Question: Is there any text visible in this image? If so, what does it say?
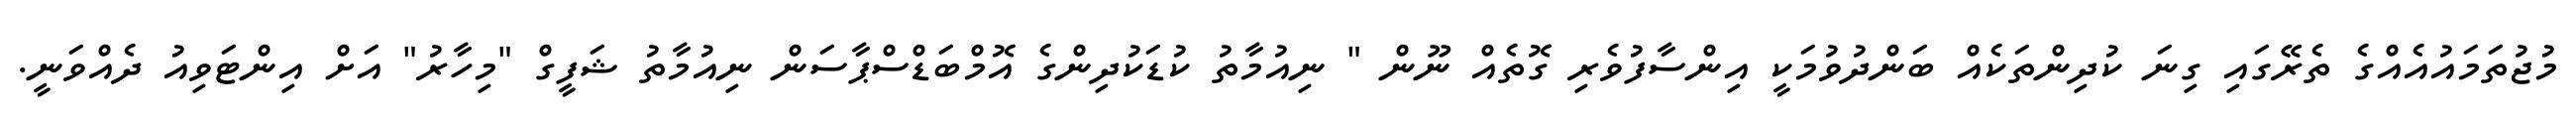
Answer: މުޖުތަމައުއެއްގެ ތެރޭގައި ގިނަ ކުދިންތަކެއް ބަންދުވުމަކީ އިންސާފުވެރި ގޮތެއް ނޫން " ނިއުމާތު ކުޑަކުދިންގެ އޮމްބަޑްސްޕާސަން ނިއުމާތު ޝަފީގް "މިހާރު" އަށް އިންޓަވިއު ދެއްވަނީ.